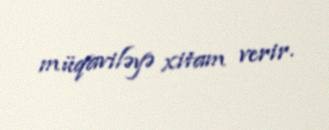
müqaviləyə xitam verir.